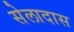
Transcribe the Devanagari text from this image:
सेलादास